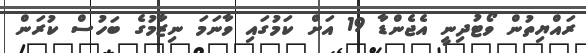
ރައްޔިތުން ވޯޓުދިނީ އެޖެންޑާ 19 އަށް ކަމުގައި ވާނަމަ ނިޒާމުގެ ބަހުސް ކުރަން